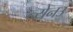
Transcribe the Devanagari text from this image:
न्येनउ